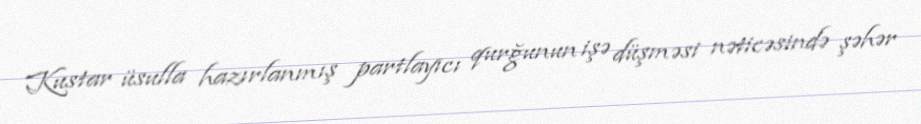
Kustar üsulla hazırlanmış partlayıcı qurğunun işə düşməsi nəticəsində şəhər